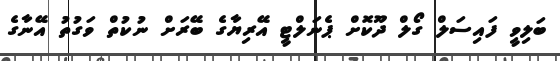
ބަލިވީ ފައިސަލް ގޯލް ދޫކޮށް ޕެނަލްޓީ އޭރިޔާގެ ބޭރަށް ނުކުތް ވަގުތު އޭނާގެ